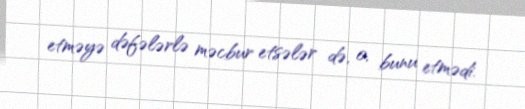
etməyə dəfələrlə məcbur etsələr də, o, bunu etmədi.